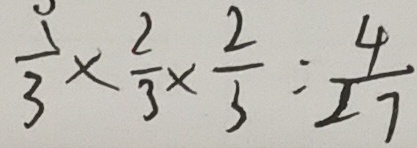
\frac { 1 } { 3 } \times \frac { 2 } { 3 } \times \frac { 2 } { 3 } = \frac { 4 } { 2 7 }